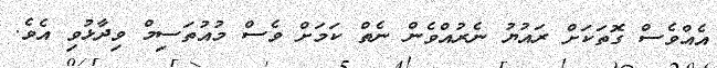
އެއްވެސް ގޮތަކަށް ރައުޔު ނެރުއްވެން ނެތް ކަމަށް ވެސް މުއުތަސިމް ވިދާޅުވި އެވެ.